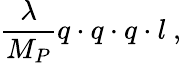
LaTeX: \frac{\lambda}{M_{P}}q\cdot q\cdot q\cdot l~,